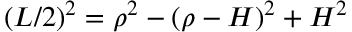
\begin{array} { r } { ( L / 2 ) ^ { 2 } = \rho ^ { 2 } - ( \rho - H ) ^ { 2 } + H ^ { 2 } } \end{array}